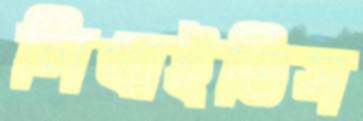
লিখাইতিস